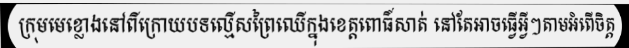
ក្រុមមេខ្លោងនៅពីក្រោយបទល្មើសព្រៃឈើក្នុងខេត្តពោធិ៍សាត់ នៅតែអាចធ្វើអ្វីៗតាមអំពើចិត្ត